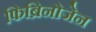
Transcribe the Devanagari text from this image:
फिब्रिनोजेन